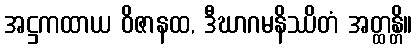
အဋ္ဌကထာယ ဝိဇာနထ, ဒီဃာဂမနိဿိတံ အတ္ထန္တိ။